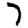
Digit: 7